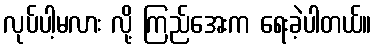
လုပ်ပါ့မလား လို့ ကြည်အေးက ရေးခဲ့ပါတယ်။